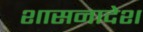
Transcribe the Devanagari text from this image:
शासनादेश